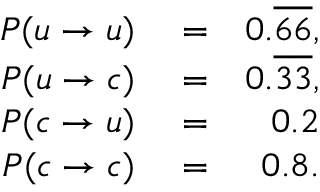
\begin{array} { r l r } { P ( u \to u ) } & { { } = } & { 0 . \overline { 6 } \overline { 6 } , } \\ { P ( u \to c ) } & { { } = } & { 0 . \overline { 3 } \overline { 3 } , } \\ { P ( c \to u ) } & { { } = } & { 0 . 2 } \\ { P ( c \to c ) } & { { } = } & { 0 . 8 . } \end{array}